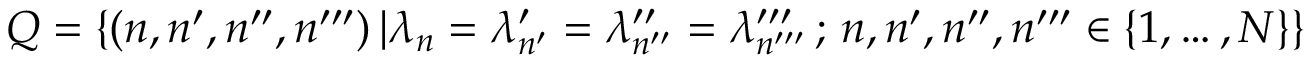
Q = \{ ( n , n ^ { \prime } , n ^ { \prime \prime } , n ^ { \prime \prime \prime } ) \, | \lambda _ { n } = \lambda _ { n ^ { \prime } } ^ { \prime } = \lambda _ { n ^ { \prime \prime } } ^ { \prime \prime } = \lambda _ { n ^ { \prime \prime \prime } } ^ { \prime \prime \prime } \, ; \, n , n ^ { \prime } , n ^ { \prime \prime } , n ^ { \prime \prime \prime } \in \{ 1 , \ldots , N \} \}